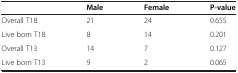
<table><thead><tr><td><b> </b></td><td><b>Male</b></td><td><b>Female</b></td><td><b>P-value</b></td></tr></thead><tbody><tr><td>Overall T18</td><td>21</td><td>24</td><td>0.655</td></tr><tr><td>Live born T18</td><td>8</td><td>14</td><td>0.201</td></tr><tr><td>Overall T13</td><td>14</td><td>7</td><td>0.127</td></tr><tr><td>Live born T13</td><td>9</td><td>2</td><td>0.065</td></tr></tbody></table>